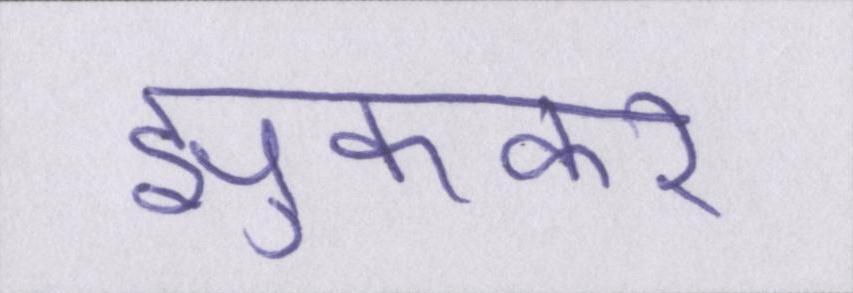
झुककर